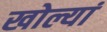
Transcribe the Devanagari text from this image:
खोल्यां